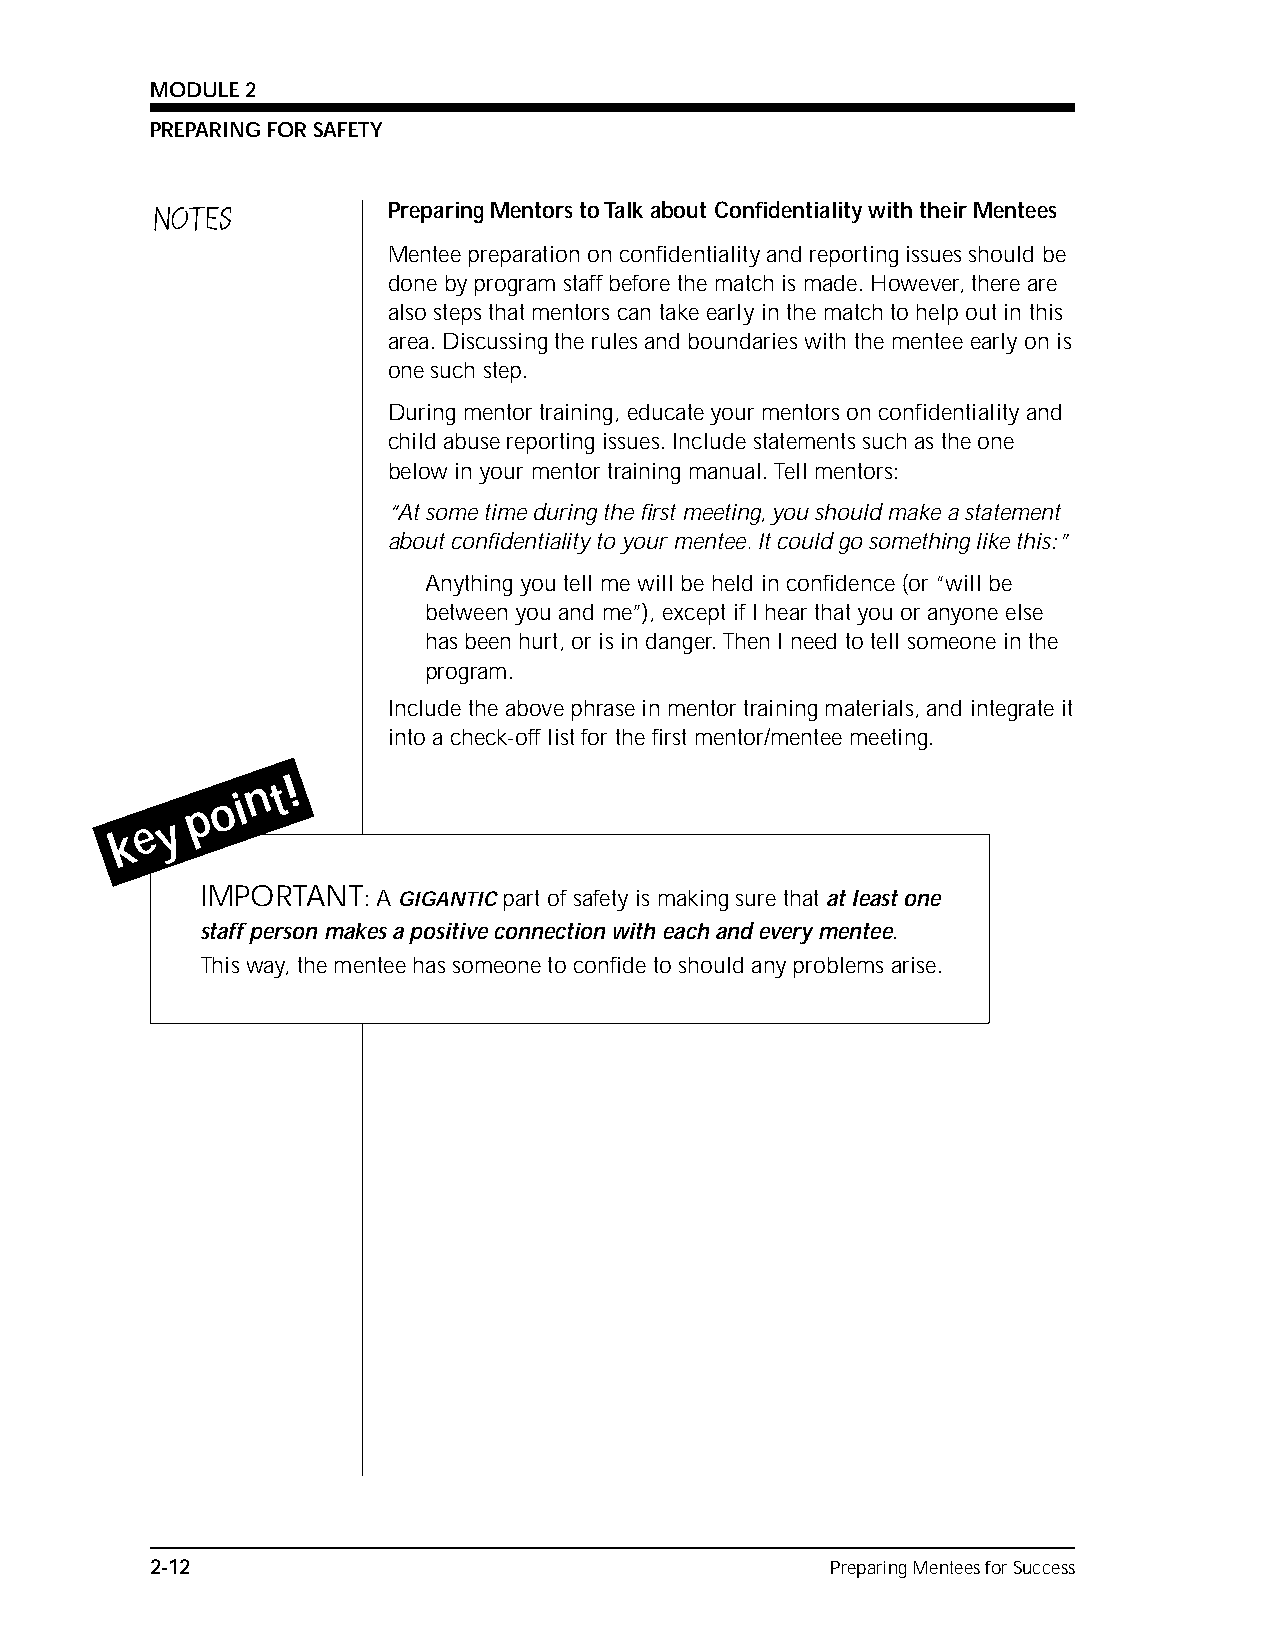
MODULE 2
 PREPARING FOR SAFETY
 NOTES           Preparing Mentors to Talk about Confidentiality with their Mentees
 Mentee preparation on confidentiality and reporting issues should be
 done by program staff before the match is made. However, there are
 also steps that mentors can take early in the match to help out in this
 area. Discussing the rules and boundaries with the mentee early on is
 one such step.
 During mentor training, educate your mentors on confidentiality and
 child abuse reporting issues. Include statements such as the one
 below in your mentor training manual. Tell mentors:
 “At some time during the first meeting, you should make a statement
 about confidentiality to your mentee. It could go something like this:”
 Anything you tell me will be held in confidence (or “will be
 between you and me”), except if I hear that you or anyone else
 has been hurt, or is in danger. Then I need to tell someone in the
 program.
 Include the above phrase in mentor training materials, and integrate it
 into a check-off list for the first mentor/mentee meeting.
 n t !
 o i
 p
 e y
 k
 IMPORTANT:  A GIGANTIC part of safety is making sure that at least one
 staff person makes a positive connection with each and every mentee.
 This way, the mentee has someone to confide to should any problems arise.
 2-12                                         Preparing Mentees for Success